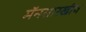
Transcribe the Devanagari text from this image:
मॅनसारखीच